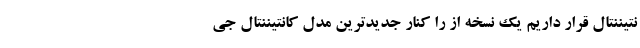
نتیننتال قرار داریم یک نسخه از را کنار جدیدترین مدل کانتیننتال جی